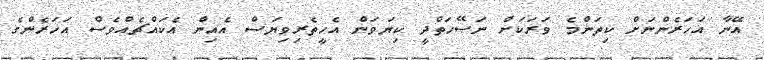
އޭނާ އަހަރެންނަށް ކިތަންމެ ވަރަކަށް ނަޞޭހަތްދީ ކިޔަވަން އެހީތެރިވިޔަސް އެއިން އެކައްޗެއްވެސް އަހަރެންގެ